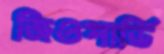
জিওপার্ডি